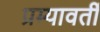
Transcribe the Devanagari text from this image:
प्रम्यावर्ती